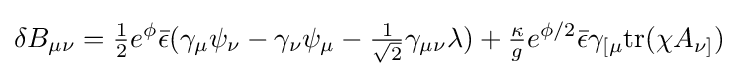
\delta B_{\mu \nu }={\tfrac {1}{2}}e^{\phi }{\bar {\epsilon }}(\gamma _{\mu }\psi _{\nu }-\gamma _{\nu }\psi _{\mu }-{\tfrac {1}{\sqrt {2}}}\gamma _{\mu \nu }\lambda )+{\tfrac {\kappa }{g}}e^{\phi /2}{\bar {\epsilon }}\gamma _{[\mu }{\text{tr}}(\chi A_{\nu ]})